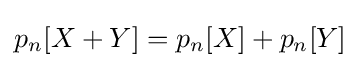
p_{n}[X+Y]=p_{n}[X]+p_{n}[Y]